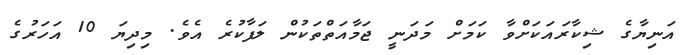
އަނިޔާގެ ޝިކާރައަކަށްވާ ކަމަށް މަދަނީ ޖަމާއަތްތަކުން ލަފާކުރެ އެވެ. މިދިޔަ 10 އަހަރުގެ